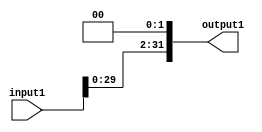
module left_shift_2bit(input1,output1);
  
  input [31:0]input1;
  output [31:0]output1;
  reg [31:0]output1;
  
  always@(input1)
    begin
      
      output1=input1<<2;
  
    end
    
endmodule